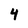
Character: 4